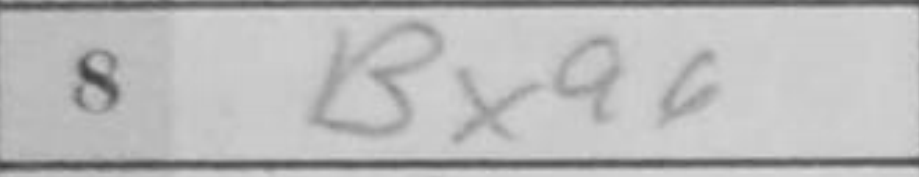
Transcription: Bxa6